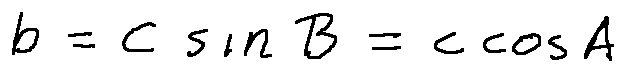
b = c \sin B = c \cos A